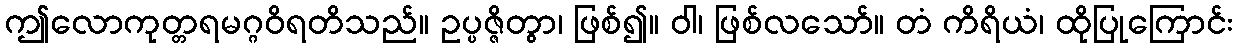
ဤလောကုတ္တရမဂ္ဂဝိရတိသည်။ ဥပ္ပဇ္ဇိတွာ၊ ဖြစ်၍။ ဝါ၊ ဖြစ်လသော်။ တံ ကိရိယံ၊ ထိုပြုကြောင်း